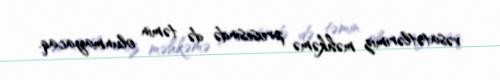
vəsatətlərimiz məhkəmə prosesində də təmin olunmayacaq.